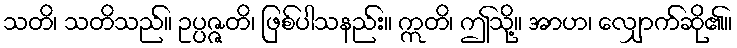
သတိ၊ သတိသည်။ ဥပ္ပဇ္ဇတိ၊ ဖြစ်ပါသနည်း။ ဣတိ၊ ဤသို့။ အာဟ၊ လျှောက်ဆို၏။